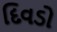
દિવડો